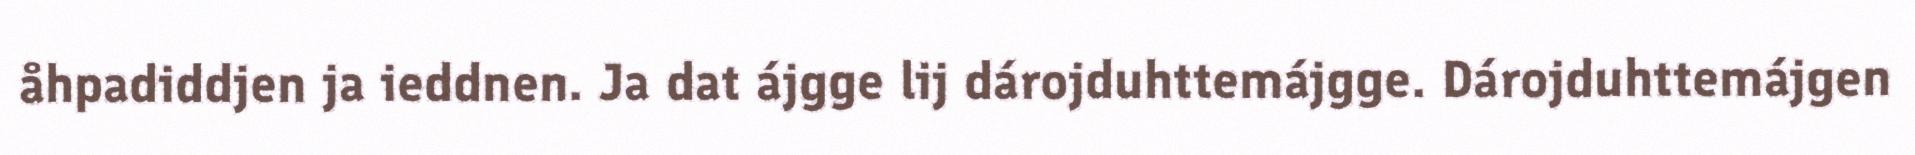
åhpadiddjen ja ieddnen. Ja dat ájgge lij dárojduhttemájgge. Dárojduhttemájgen